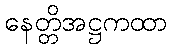
နေတ္တိအဋ္ဌကထာ